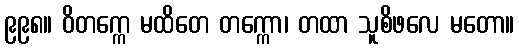
၉၉၈။ ဝိတက္ကေ မထိတေ တက္ကော၊ တထာ သူစိဖလေ မတော။